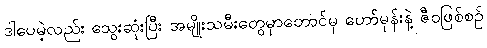
ဒါပေမဲ့လည်း သွေးဆုံးပြီး အမျိုးသမီးတွေမှာတောင်မှ ဟော်မုန်းနဲ့ ဇီဝဖြစ်စဉ်